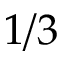
1 / 3